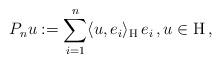
LaTeX: \begin{align*}P_n u := \sum_{i=1}^n \langle u, e_i \rangle_{\mathrm{H}}\, e_i\,, u \in \mathrm{H}\,,\end{align*}